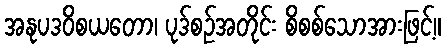
အနုပဒဝိစယတော၊ ပုဒ်စဉ်အတိုင်း စိစစ်သောအားဖြင့်။